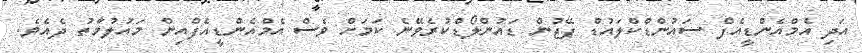
އަދި އެމްއެންޑީއެފް ސައުންޑްކްލައުޑް ޕޭޖުން ޑައުންލޯޑްކުރެވޭނެ ކަމަށް ވެސް އެމްއެންޑީއެފްއިން މައުލުމާތު ދެއެވެ.